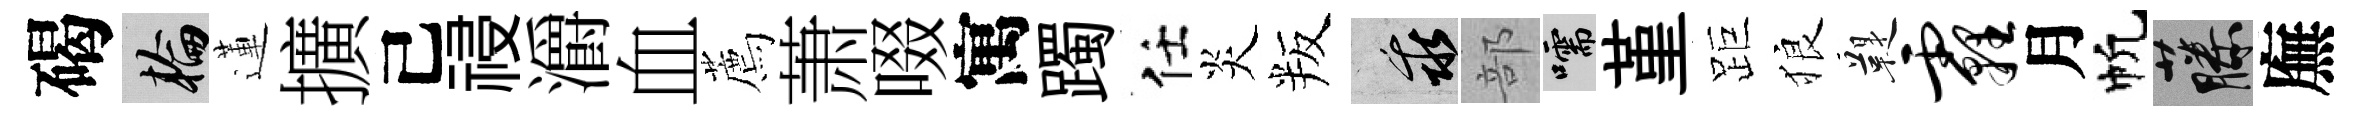
碣輪蓮擴己祲灂血薦萧啜寓躅任炎叛乖部嚅堇距狼鞮霾月帆藤廡